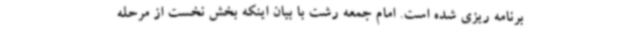
برنامه ریزی شده است. امام جمعه رشت با بیان اینکه بخش نخست از مرحله